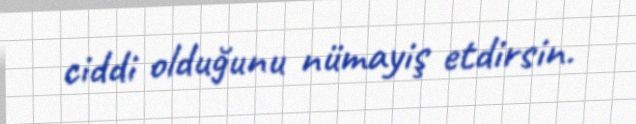
ciddi olduğunu nümayiş etdirsin.